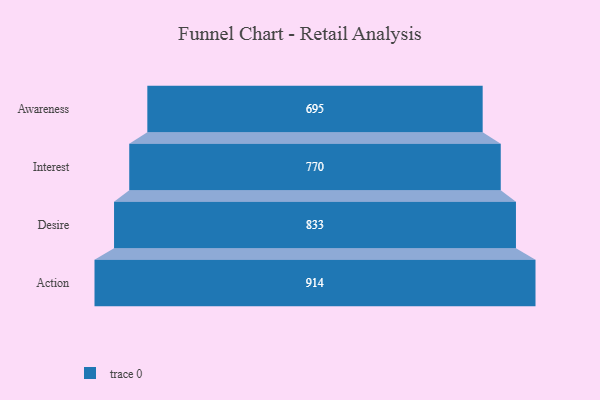
{"axis": {"x": "Stage", "y": "Value"}, "legend": [""], "data": [{"x": "Awareness", "y": 695.0, "type": ""}, {"x": "Interest", "y": 770.0, "type": ""}, {"x": "Desire", "y": 833.0, "type": ""}, {"x": "Action", "y": 914.0, "type": ""}]}